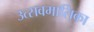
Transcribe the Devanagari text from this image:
उत्सवमालिका